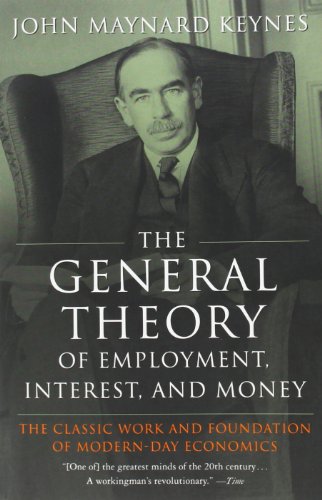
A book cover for The General Theory of Employment, Interest, and Money; John Maynard Keynes; Business & Money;